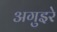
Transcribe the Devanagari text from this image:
अगुइरे